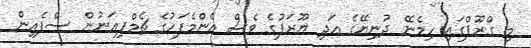
މި ގްރޫޕްގައި ހިމެނޭ ދުނިޔޭގެ އަދި ޔޫރަޕުގެ ވެސް އެންމެފަހުގެ ޗެމްޕިއަނުން ސްޕެއިން